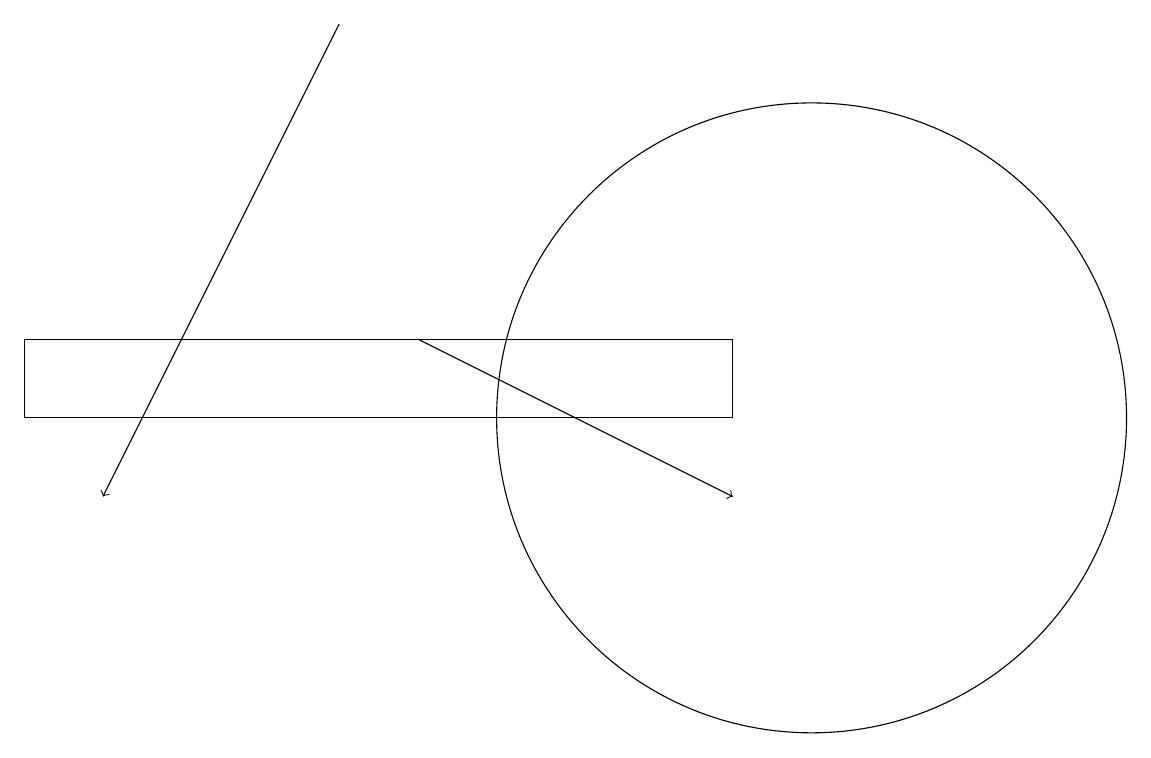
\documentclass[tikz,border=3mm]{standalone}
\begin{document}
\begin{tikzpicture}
\draw[->] (4,17) -- (1,11);
\draw (10,12) circle (4);
\draw (9,13) rectangle (0,12);
\draw[->] (5,13) -- (9,11);
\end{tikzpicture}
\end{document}